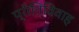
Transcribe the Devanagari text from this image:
प्रीतिविवाह